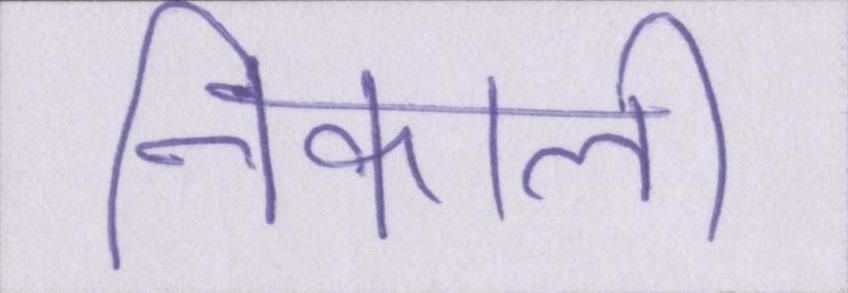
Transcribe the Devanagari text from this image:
निकाली